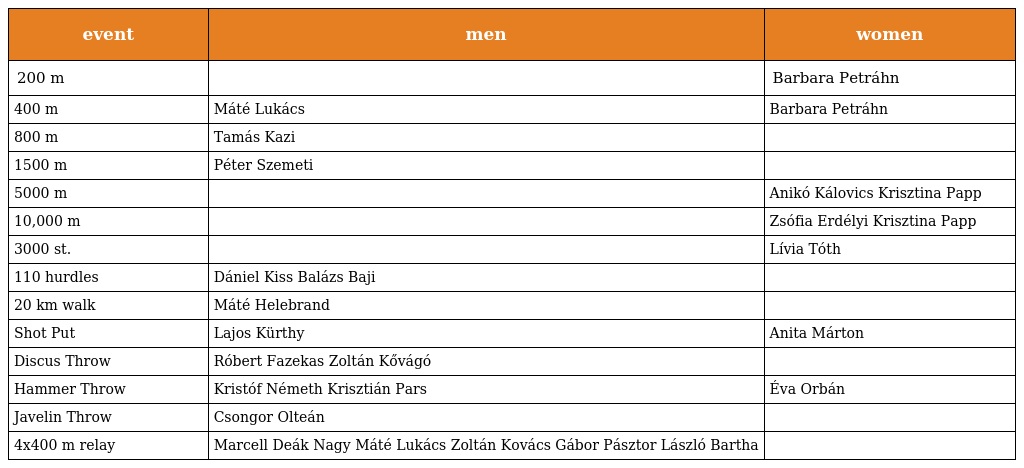
| event | men | women |
 | --- | --- | --- |
 | 200 m |  | Barbara Petráhn |
 | 400 m | Máté Lukács | Barbara Petráhn |
 | 800 m | Tamás Kazi |  |
 | 1500 m | Péter Szemeti |  |
 | 5000 m |  | Anikó Kálovics Krisztina Papp |
 | 10,000 m |  | Zsófia Erdélyi Krisztina Papp |
 | 3000 st. |  | Lívia Tóth |
 | 110 hurdles | Dániel Kiss Balázs Baji |  |
 | 20 km walk | Máté Helebrand |  |
 | Shot Put | Lajos Kürthy | Anita Márton |
 | Discus Throw | Róbert Fazekas Zoltán Kővágó |  |
 | Hammer Throw | Kristóf Németh Krisztián Pars | Éva Orbán |
 | Javelin Throw | Csongor Olteán |  |
 | 4x400 m relay | Marcell Deák Nagy Máté Lukács Zoltán Kovács Gábor Pásztor László Bartha |  |